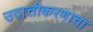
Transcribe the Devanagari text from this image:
उदात्तीकरणाचा